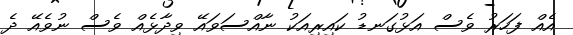
އެއް ފަހަރު ވެސް އަޅުގަނޑު ކައިރިއަކު ނާއްސަވައޭ ވިދާޅެއް ވެސް ނުވެއޭ ދެ